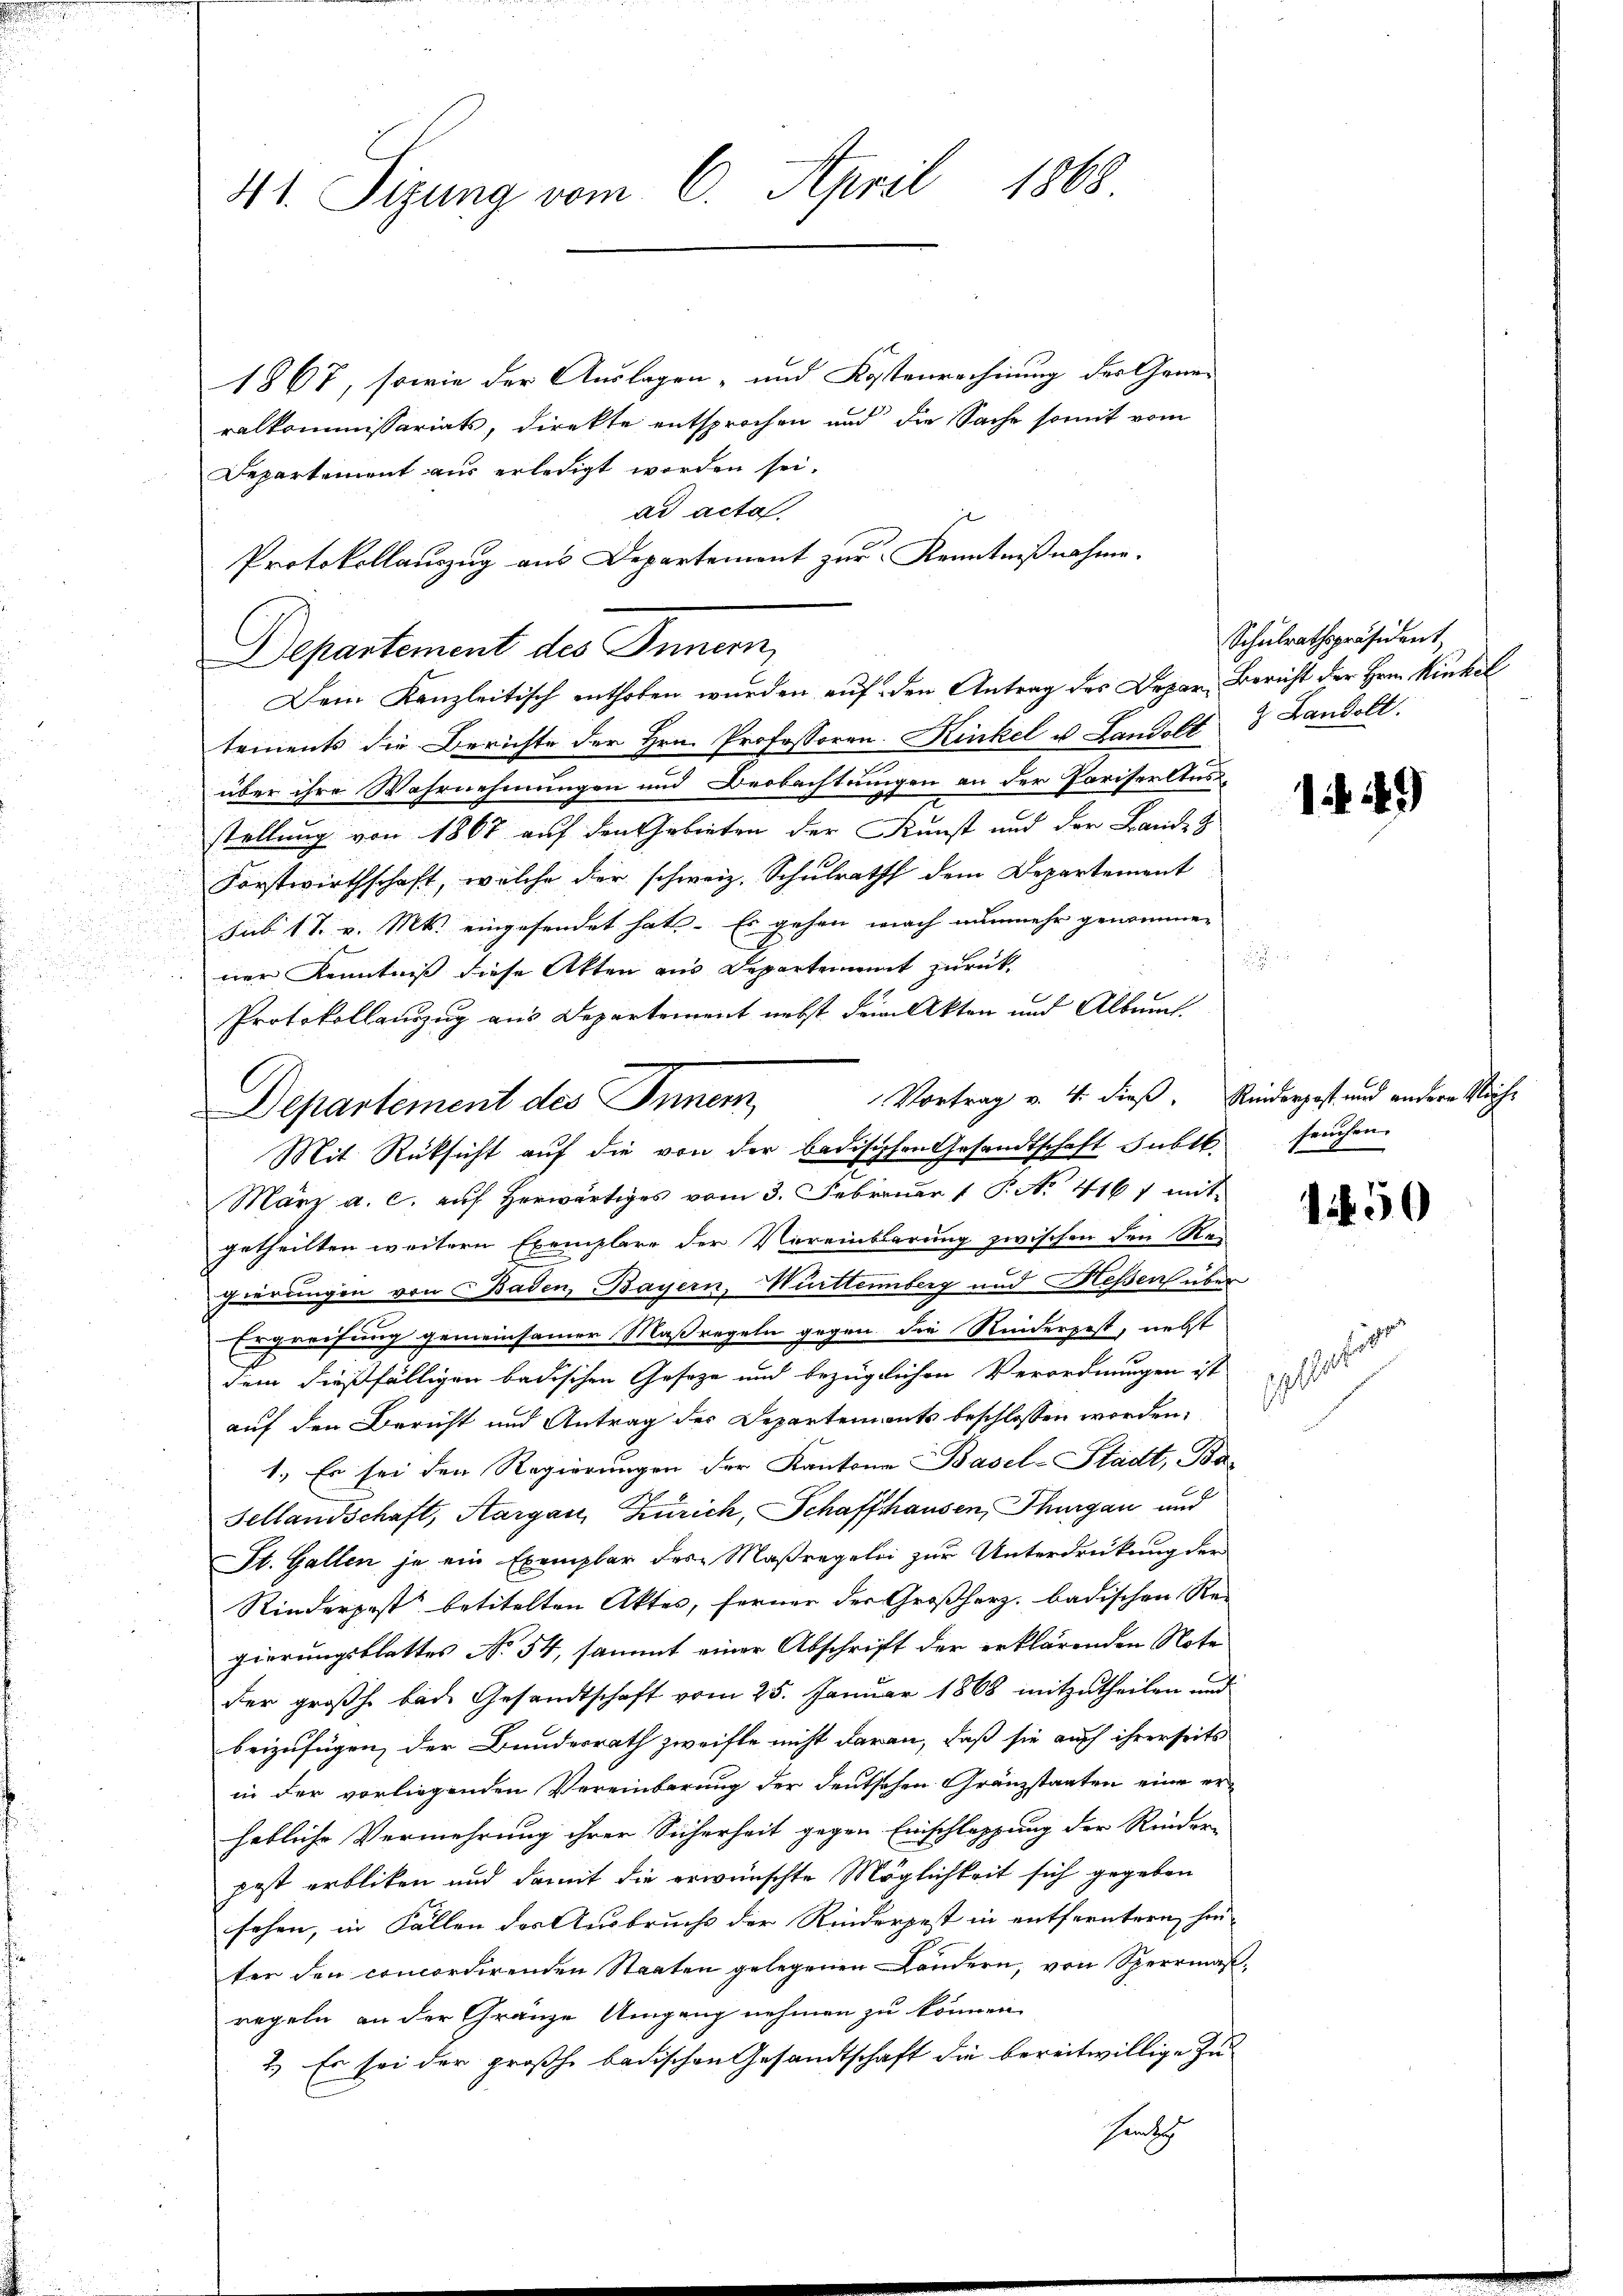
41. Sizung vom 6. April 1868.

1867, sowie der Auslagen- und Kostenrechnung des Generalkommissariats, direkte entsprochen und die Sache somit vom
Departement aus erledigt worden sei.
ad acta.
Departement des Innern,
tements die Berichte der Hrn. Professoren Kinkel u. Landelt & Landolt.
über ihre Wahrnehmungen und Beobachtungen an der Pariserltusstellung von 1867 auf den Gebieten der Kunst und der Lande z
Forstwirthschaft, welche der schweiz. Schulrath dem Departement
sub 17. v. Mts. eingesendet hat. Es gehen wach nunmehr genommen
ner Kenntniß diese Akten aus Departement zurück
Protokollauszug aus Departement nebst dem Akten und Albunt.
März a. c. auf herwärtiges vom 3. Februar 1 P. No 4167 mit
getheilten weitern Exemplare der Vereinbarung zwischen den Kan
Zärungen von Baden, Bayern, Württemberg und Hessen über
Ergreifung gemeinsamer Maßregeln gegen die Reiderpest, nebst
dem dießfälligen badischen Geseze und bezüglichen Verordnungen ist
auf den Bericht und Antrag des Departements beschlossen worden,
1.) Es sei den Regierungen der Kantone Basel-Stadt, Ba¬
Sellandschaft, Aargau, Zürich, Schaffhausen, Thurgau und
St. Gallen je ein Exemplar des Maßregelei zur Unterdrückung der
Rinderpost betitelten Aktes, ferner der Großherz. badischen Re
gierungsblattes No 54, sammt einer Abschrift der erklärenden Note
der großh. bei Gesandtschaft vom 25. Januar 1868 mitzutheilen und
beizufügen, der Bundesrath zweifle nicht daran, daß sie auch ihrerseits
in der vorliegenden Vereinbarung der deutschen Gränzstaaten eine erhebliche Vermehrung ihrer Sicherheit gegen Einschleppung der Rinder-
pest erbliken und damit die erwünschte Möglichkeit sich gegeben
sehen, in Fällen des Ausbruchs der Rinderpest in entferntern hin-
ter den concordirenden Staaten gelegenen Landern, von Sperrmaregeln an der Gränze Umgang nehmen zu können.
1.) Es sei der großh. badischen Gesandtschaft die bereitwillige Zuhinsich

Protokollauszug aus Departement zur Kenntnißnahme.
Dein Kanzleitisch enthoben wurden auf den Antrag des Depar- Bericht der Hrrn. Kinkel

Departement des Inner Vortrag v. 4. dieß. Kinderpost und andere Sache
Mit Rüksicht auf die von der badischen Gesandtschaft subt.

Schulrathspräsident

.

1. 49

seuchen.

1850

ti